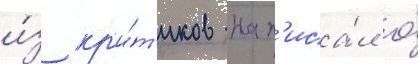
и́з кр'и́т'иков нап'иса́л о́